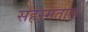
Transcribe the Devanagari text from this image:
सहस्मताल